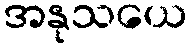
အနုသယေ